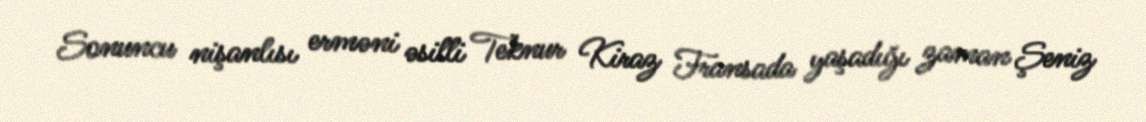
Sonuncu nişanlısı erməni əsilli Teknur Kiraz Fransada yaşadığı zaman Şeniz